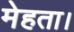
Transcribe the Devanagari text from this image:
मेहता।